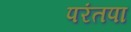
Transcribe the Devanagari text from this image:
परंतपा